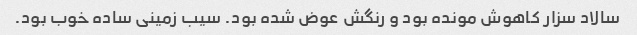
سالاد سزار کاهوش مونده بود و رنگش عوض شده بود. سیب زمینی ساده خوب بود.